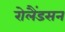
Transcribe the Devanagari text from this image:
रोलैंडसन